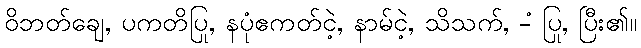
ဝိဘတ်ချေ, ပကတိပြု, နပုံဧကတ်ငဲ့, နာမ်ငဲ့, သိသက်, -ံ ပြု, ပြီး၏။